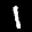
Label: 1